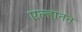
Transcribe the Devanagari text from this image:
एल्हानन